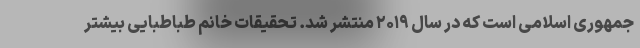
جمهوری اسلامی است که در سال ۲۰۱۹ منتشر شد. تحقیقات خانم طباطبایی بیشتر